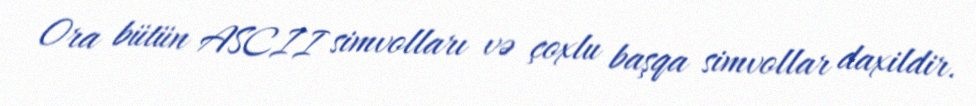
Ora bütün ASCII simvolları və çoxlu başqa simvollar daxildir.